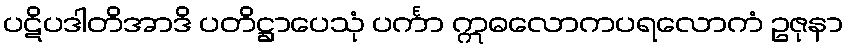
ပဋိပဒါတိအာဒိ ပတိဋ္ဌာပေသုံ ပင်္ကာ ဣဓလောကပရလောကံ ဥဇုနာ